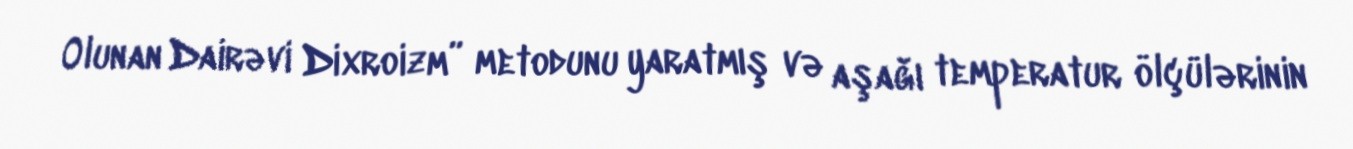
Olunan Dairəvi Dixroizm” metodunu yaratmış və aşağı temperatur ölçülərinin